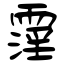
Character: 霪